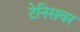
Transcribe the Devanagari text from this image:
टेनिसवर